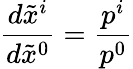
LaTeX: \frac{d\tilde{x}^{i}}{d\tilde{x}^{0}}=\frac{p^{i}}{p^{0}}